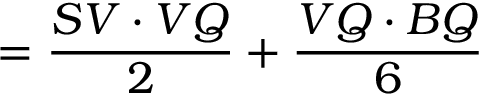
{ } = { \frac { S V \cdot V Q } { 2 } } + { \frac { V Q \cdot B Q } { 6 } }